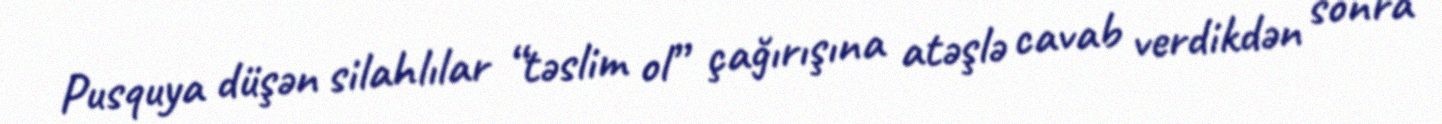
Pusquya düşən silahlılar “təslim ol” çağırışına atəşlə cavab verdikdən sonra